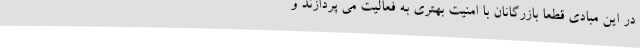
در این مبادی قطعاً بازرگانان با امنیت بهتری به فعالیت می پردازند و